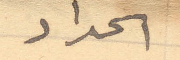
الحداد